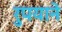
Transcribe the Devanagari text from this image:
रुपयाने